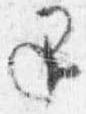
退